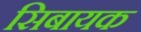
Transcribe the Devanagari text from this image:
सिबायक